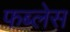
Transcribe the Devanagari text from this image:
फब्लेस